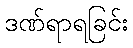
ဒဏ်ရာရခြင်း